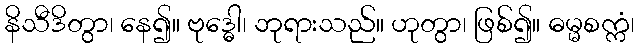
နိသီဒိတွာ၊ နေ၍။ ဗုဒ္ဓေါ၊ ဘုရားသည်။ ဟုတွာ၊ ဖြစ်၍။ ဓမ္မစက္ကံ၊